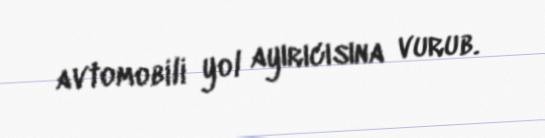
avtomobili yol ayırıcısına vurub.